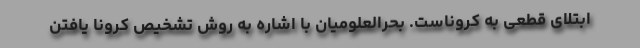
ابتلای قطعی به کروناست. بحرالعلومیان با اشاره به روش تشخیص کرونا یافتن